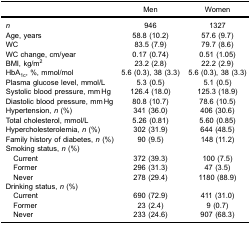
|  | Men | Women |
 | --- | --- | --- |
 | n | 946 | 1327 |
 | Age, years | 58.8 (10.2) | 57.6 (9.7) |
 | WC | 83.5 (7.9) | 79.7 (8.6) |
 | WC change, cm/year | 0.17 (0.74) | 0.51 (1.05) |
 | BMI, kg/m2 | 23.2 (2.8) | 22.2 (2.9) |
 | HbA1c, %, mmol/mol | 5.6 (0.3), 38 (3.3) | 5.6 (0.3), 38 (3.3) |
 | Plasma glucose level, mmol/L | 5.3 (0.5) | 5.1 (0.5) |
 | Systolic blood pressure, mm Hg | 126.4 (18.0) | 125.3 (18.9) |
 | Diastolic blood pressure, mm Hg | 80.8 (10.7) | 78.6 (10.5) |
 | Hypertension, n (%) | 341 (36.0) | 406 (30.6) |
 | Total cholesterol, mmol/L | 5.26 (0.81) | 5.60 (0.85) |
 | Hypercholesterolemia, n (%) | 302 (31.9) | 644 (48.5) |
 | Family history of diabetes, n (%) | 90 (9.5) | 148 (11.2) |
 | Smoking status, n (%) |  |  |
 | Current | 372 (39.3) | 100 (7.5) |
 | Former | 296 (31.3) | 47 (3.5) |
 | Never | 278 (29.4) | 1180 (88.9) |
 | Drinking status, n (%) |  |  |
 | Current | 690 (72.9) | 411 (31.0) |
 | Former | 23 (2.4) | 9 (0.7) |
 | Never | 233 (24.6) | 907 (68.3) |